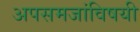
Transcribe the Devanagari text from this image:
अपसमजांविषयी